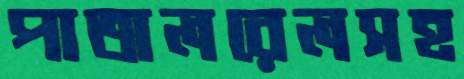
পাতালরেলসহ